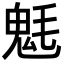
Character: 𩲊